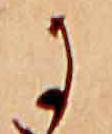
に